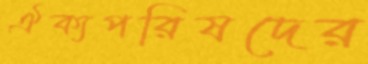
ঐক্যপরিষদের